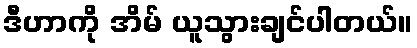
ဒီဟာကို အိမ် ယူသွားချင်ပါတယ်။